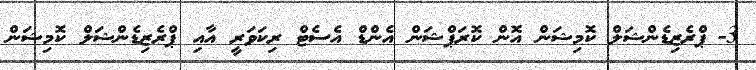
3-	ޕްރެޒިޑެންޝަލް ކޮމިޝަން އޮން ކޮރަޕްޝަން އެންޑް އެސެޓް ރިކަވަރީ އާއި ޕްރެޒިޑެންޝަލް ކޮމިޝަން